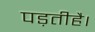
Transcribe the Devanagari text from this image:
पड़तीहै।